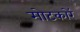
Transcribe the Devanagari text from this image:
मोटकारें